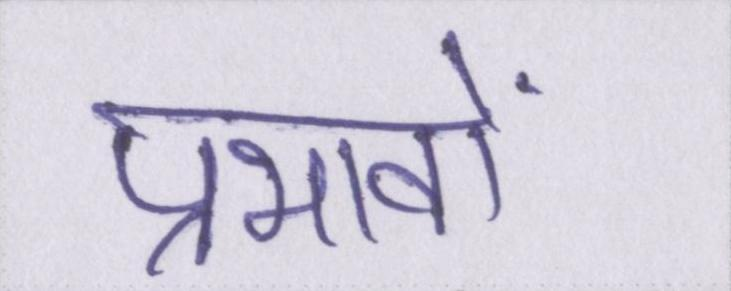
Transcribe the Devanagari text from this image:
प्रभावों